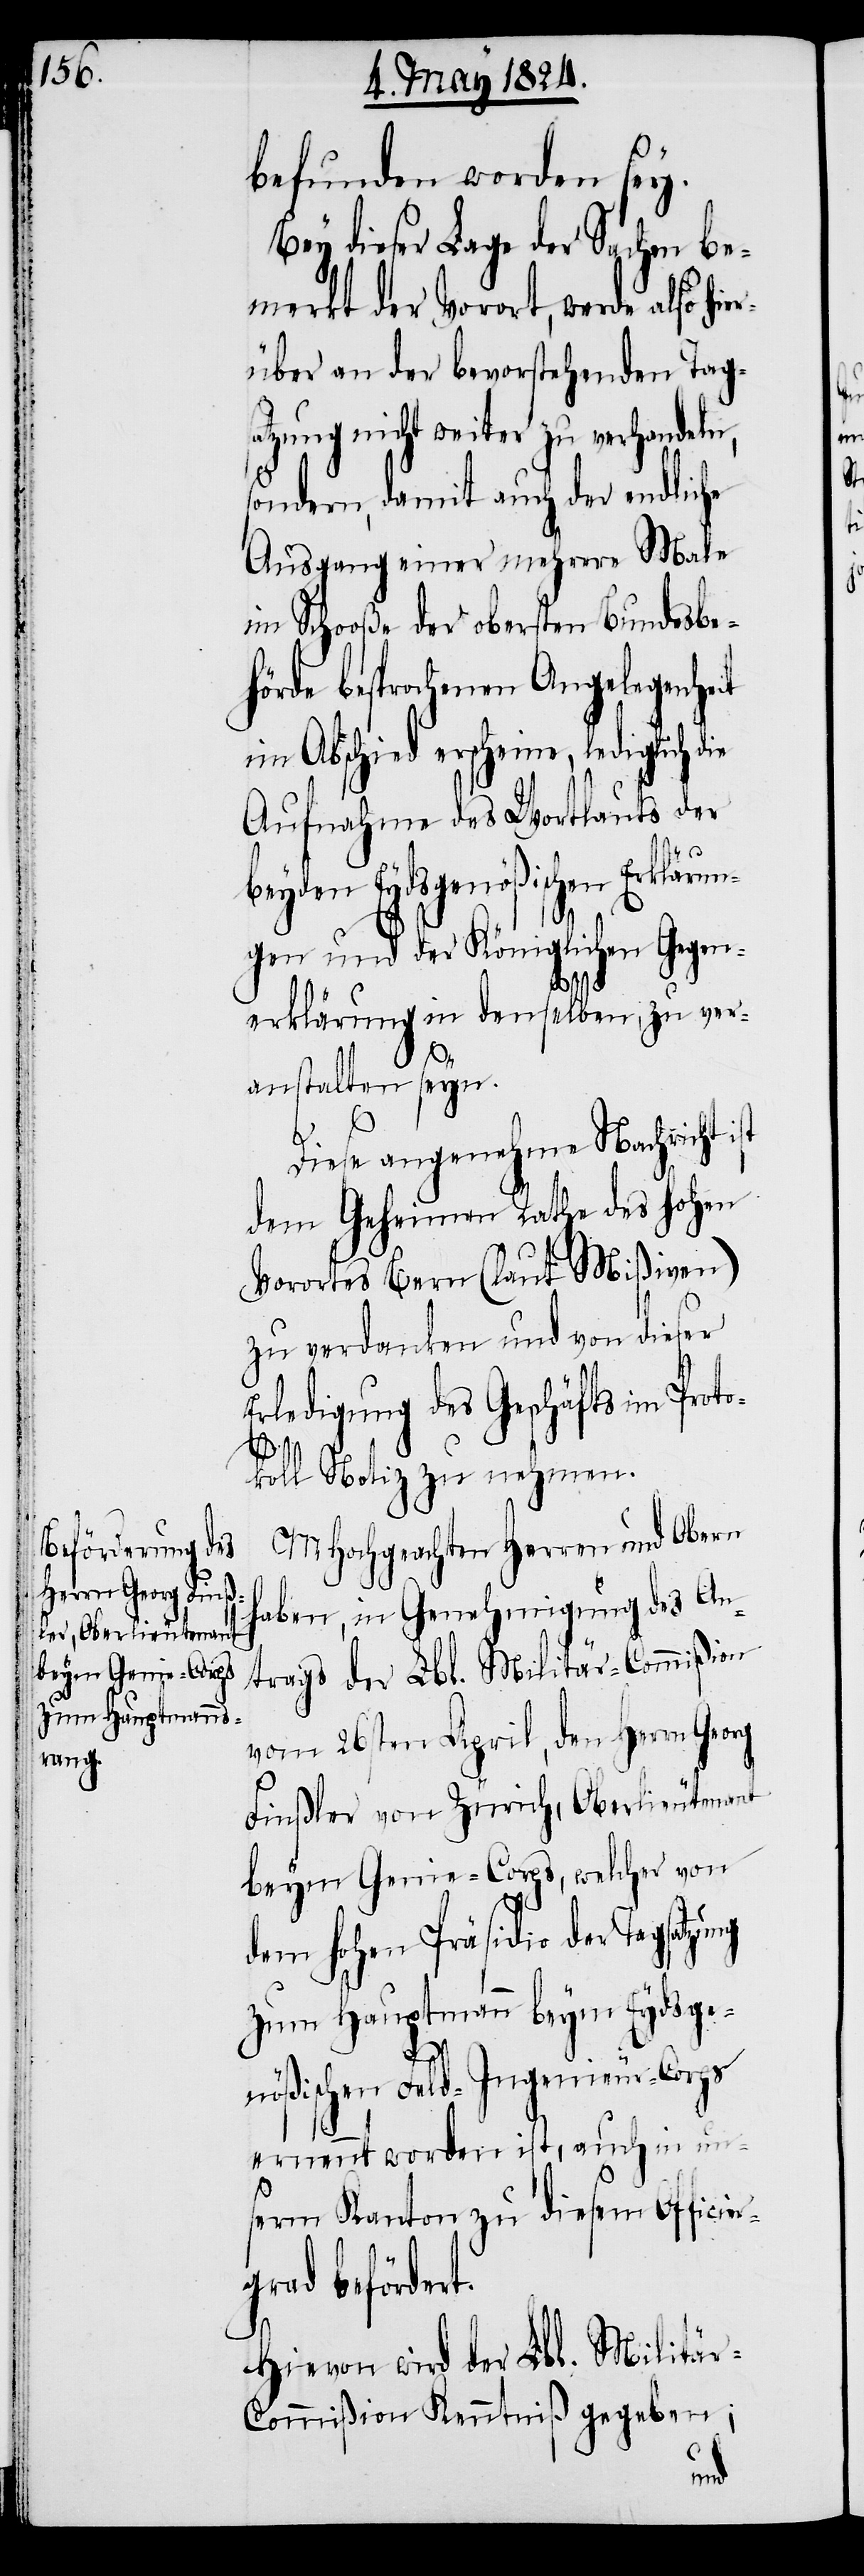
befunden worden sey.
Bey dieser Lage der Sachen be¬
merkt der Vorort, werde also hie¬
rüber an der bevorstehenden Tag¬
tzung nicht weiter zu verhandeln,
sondern, damit auch der endliche
Ausgang einer mehrere Male
im Schooße der obersten Bundesbe¬
hörde besprochenen Angelegenheit
im Abschied erscheine, lediglich die
Aufnahme des Wortlauts der
beyden Eydsgenößischen Erklärun¬
gen und der Königlichen Gegen¬
sa¬
erklärung in denselben zu ver¬
anstalten seyen.
Diese angenehme Nachricht ist
dem Geheimen Rathe des hohen
Vorortes Bern (laut Mißiven)
zu verdanken und von dieser
Erledigung des Geschäfts im Proto¬
koll Notiz zu nehmen.
MHochgeachten Herren und Obern
haben, in Genehmigung des An¬
trags der Lbl. Militär-Commißion
vom 26sten April, den Herrn Georg
Finßler von Zürich, Oberlieutenant
beym Genie-Corps, welcher von
dem hohen Präsidio der Tagsatzu¬
zum Hauptmann beym Eydsge¬
nößischen Feld-Ingenieur-Corps
ernennt worden ist, auch in un¬
serm Kanton zu diesem Officie¬
grad befördert.
Hievon wird der Lbl. Militä¬
r-Commißion Kenntniß gegeben;
r¬
ng